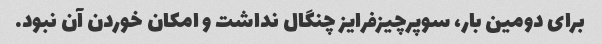
برای دومین بار، سوپرچیزفرایز چنگال نداشت و امکان خوردن آن نبود.